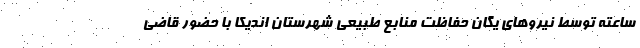
ساعته توسط نیروهای یگان حفاظت منابع طبیعی شهرستان اندیکا با حضور قاضی